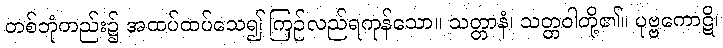
တစ်ဘုံတည်း၌ အထပ်ထပ်သေ၍ ကြဉ်လည်ရကုန်သော။ သတ္တာနံ၊ သတ္တဝါတို့၏။ ပုဗ္ဗကောဋိ၊